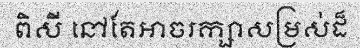
ពិសី នៅតែអាចរក្សាសម្រស់ដ៏